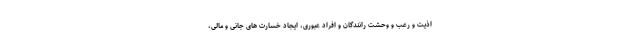
اذیت و رعب و وحشت رانندگان و افراد عبوری، ایجاد خسارت های جانی و مالی،